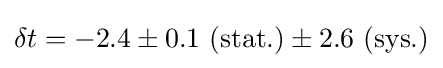
\delta t=-2.4\pm 0.1\ (\mathrm {stat.} )\pm 2.6\ (\mathrm {sys.} )